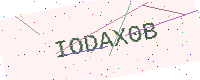
Text: IODAX0B